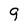
Character: 9